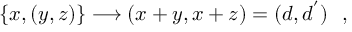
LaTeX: \{ x , ( y , z ) \} \longrightarrow ( x + y , x + z ) = ( d , d ^ { ' } ) \ \ ,